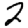
Digit: 2